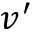
v ^ { \prime }